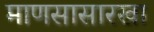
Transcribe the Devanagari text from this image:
माणसासारखा